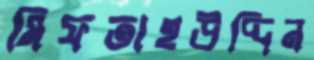
মিফতাহউদ্দিন